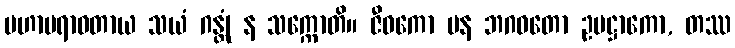
မဟာပရာဓတာယ သယံ ဂန္တုံ န သက္ကောတိ။ ဇီဝကော ပန ဘဂဝတော ဥပဋ္ဌာကော, တဿ